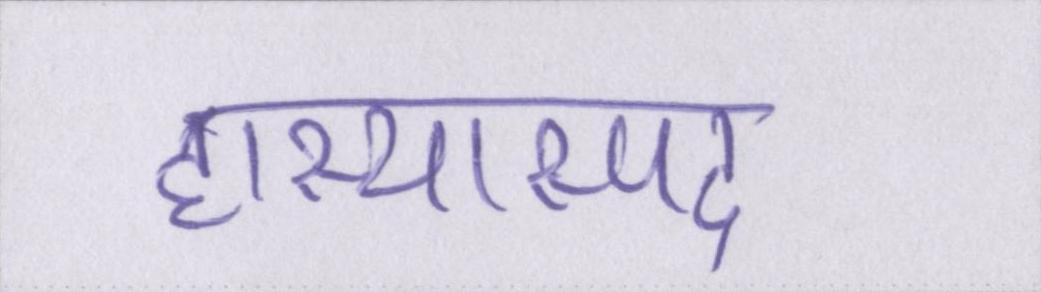
हास्यास्पद